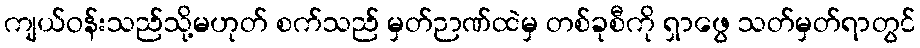
ကျယ်ဝန်းသည်သို့မဟုတ် စက်သည် မှတ်ဉာဏ်ထဲမှ တစ်ခုစီကို ရှာဖွေ သတ်မှတ်ရာတွင်